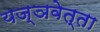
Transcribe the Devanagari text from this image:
यज्ञवेत्ता